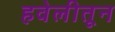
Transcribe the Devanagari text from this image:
हवेलीतून